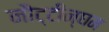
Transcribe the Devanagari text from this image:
नौट्टीन्घम